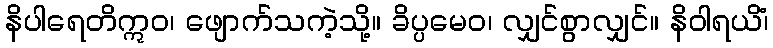
နိပါရေတိဣဝ၊ ဖျောက်သကဲ့သို့။ ခိပ္ပမေဝ၊ လျှင်စွာလျှင်။ နိဝါရယိံ၊